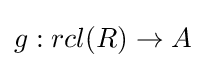
g:rcl(R)\to A